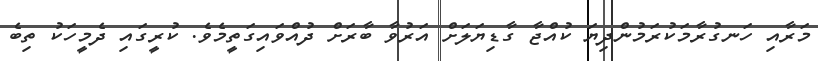
މަރާއި ހަނގުރާމަކުރަމުންދިޔަ ކުއްޖާ ގާޑިޔަލަށް އަރުވާ ބާރަށް ދުއްވައިގަތީމެވެ. ކުރީގައި ދެމީހަކު ތިބެ